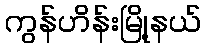
ကွန်ဟိန်းမြို့နယ်